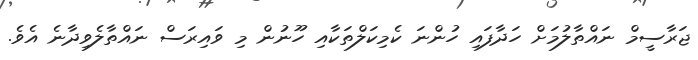
ޖަރާސީމް ނައްތާލުމަށް ހަދާފައި ހުންނަ ކެމިކަލްތަކާއި ހޫނުން މި ވައިރަސް ނައްތާލެވިދާނެ އެވެ.